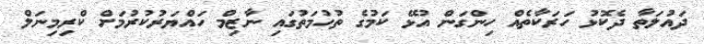
ދައުލަތާ ދެކޮޅު ހަރަކާތެއް ހިންގަން އުޅޭ ކަމުގެ ތުހުމަތުގައި ނާޒިމް ހައްޔަރުކުރުމަށް ކްރިމިނަލް